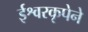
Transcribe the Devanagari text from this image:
ईश्वरकृपेने